Indian journal of veterinary science and animal husbandry - Volume 5,
Year: 1935
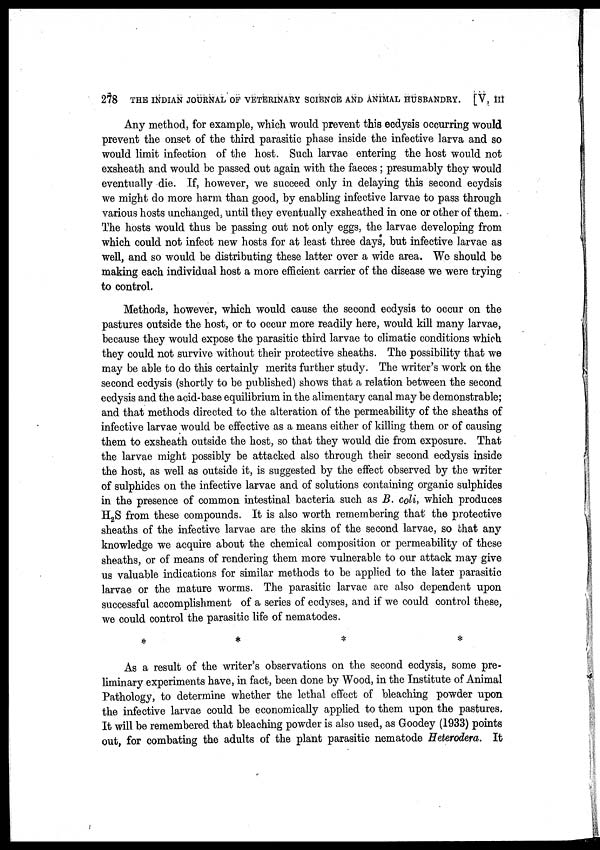
278 THE INDIAN JOURNAL OF VETERINARY SCIENCE AND ANIMAL HUSBANDRY. [V, III
Any method, for example, which would prevent this ecdysis occurring would
prevent the onset of the third parasitic phase inside the infective larva and so
would limit infection of the host. Such larvae entering the host would not
exsheath and would be passed out again with the faeces ; presumably they would
eventually die. If, however, we succeed only in delaying this second ecydsis
we might do more harm than good, by enabling infective larvae to pass through
various hosts unchanged, until they eventually exsheathed in one or other of them.
The hosts would thus be passing out not only eggs, the larvae developing from
which could not infect new hosts for at least three days, but infective larvae as
well, and so would be distributing these latter over a wide area. We should be
making each individual host a more efficient carrier of the disease we were trying
to control.
Methods, however, which would cause the second ecdysis to occur on the
pastures outside the host, or to occur more readily here, would kill many larvae,
because they would expose the parasitic third larvae to climatic conditions which
they could not survive without their protective sheaths. The possibility that we
may be able to do this certainly merits further study. The writer's work on the
second ecdysis (shortly to be published) shows that a relation between the second
ecdysis and the acid-base equilibrium in the alimentary canal may be demonstrable;
and that methods directed to the alteration of the permeability of the sheaths of
infective larvae would be effective as a means either of killing them or of causing
them to exsheath outside the host, so that they would die from exposure. That
the larvae might possibly be attacked also through their second ecdysis inside
the host, as well as outside it, is suggested by the effect observed by the writer
of sulphides on the infective larvae and of solutions containing organic sulphides
in the presence of common intestinal bacteria such as B. coli, which produces
H 2 S from these compounds. It is also worth remembering that the protective
sheaths of the infective larvae are the skins of the second larvae, so that any
knowledge we acquire about the chemical composition or permeability of these
sheaths, or of means of rendering them more vulnerable to our attack may give
us valuable indications for similar methods to be applied to the later parasitic
larvae or the mature worms. The parasitic larvae are also dependent upon
successful accomplishment of a series of ecdyses, and if we could control these,
we could control the parasitic life of nematodes.
*
*
*
*
As a result of the writer's observations on the second ecdysis, some pre-
liminary experiments have, in fact, been done by Wood, in the Institute of Animal
Pathology, to determine whether the lethal effect of bleaching powder upon
the infective larvae could be economically applied to them upon the pastures.
It will be remembered that bleaching powder is also used, as Goodey (1933) points
out, for combating the adults of the plant parasitic nematode Heterodera. It